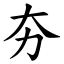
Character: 夯